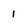
Character: 1